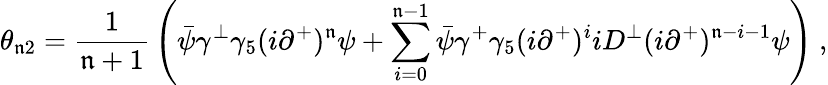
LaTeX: \theta_{\mathfrak{n}2}={\frac{{1}}{{\mathfrak{n}+1}}}\left(\bar{{\psi}}\gamma^{\perp}\gamma_{5}(i\partial^{+})^{\mathfrak{n}}\psi+\sum_{i=0}^{\mathfrak{n}-1}\bar{{\psi}}\gamma^{+}\gamma_{5}(i\partial^{+})^{i}iD^{\perp}(i\partial^{+})^{\mathfrak{n}-i-1}\psi\right)\ ,